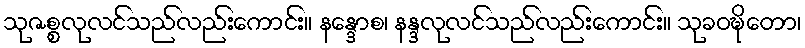
သုဇစ္စလုလင်သည်လည်းကောင်း။ နန္ဒောစ၊ နန္ဒလုလင်သည်လည်းကောင်း။ သုခဝဍ္ဎိတော၊